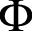
\Phi